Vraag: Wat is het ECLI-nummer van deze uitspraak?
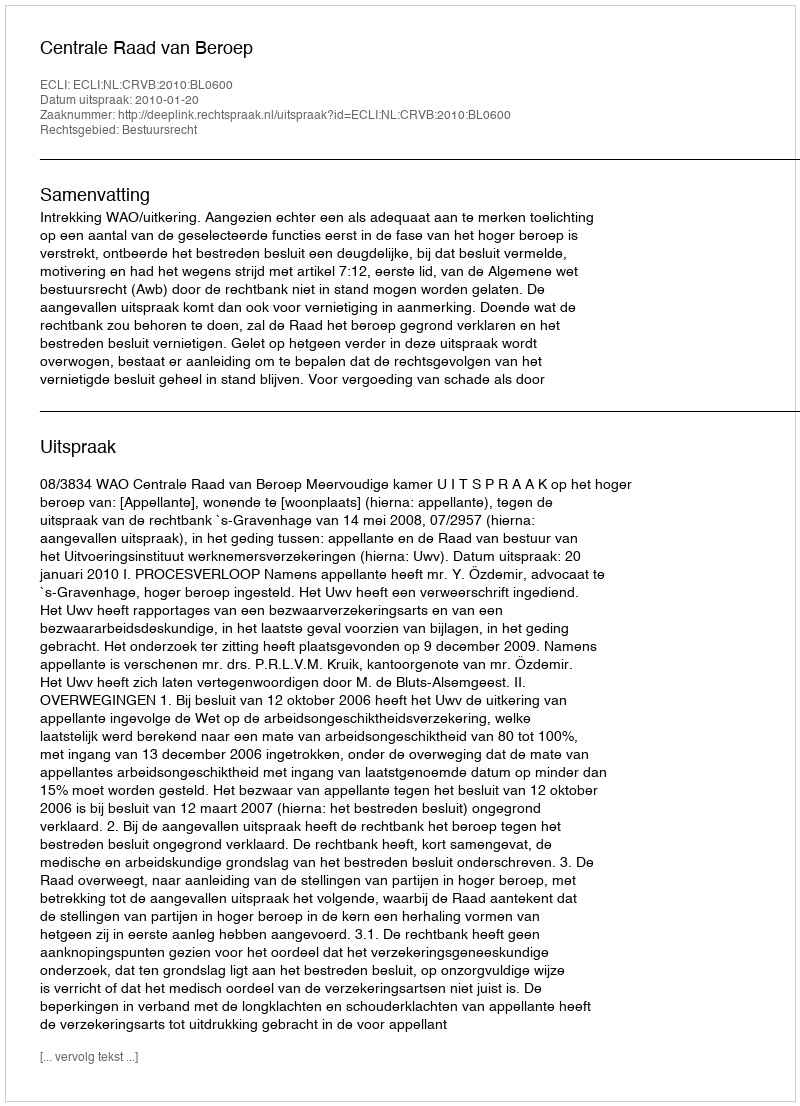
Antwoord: ECLI:NL:CRVB:2010:BL0600